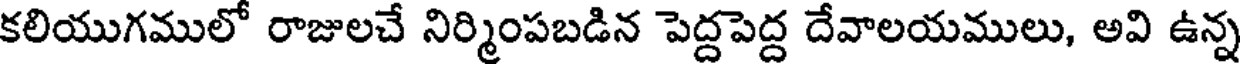
కలియుగములో రాజులచే నిర్మింపబడిన పెద్దపెద్ద దేవాలయములు, అవి ఉన్న